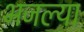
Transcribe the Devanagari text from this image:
भजल्या